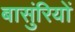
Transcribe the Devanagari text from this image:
बासुंरियों